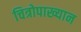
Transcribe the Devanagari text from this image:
चित्रोपाख्यान